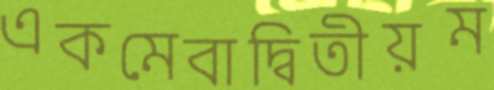
একমেবাদ্বিতীয়ম